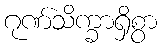
ဂုဏ်သိက္ခာရှိစွာ